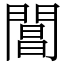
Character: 閶